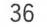
36